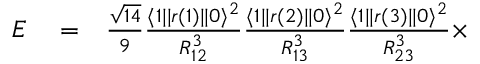
\begin{array} { r l r } { E } & { { } = } & { \frac { \sqrt { 1 4 } } { 9 } \frac { \langle 1 | | r ( 1 ) | | 0 \rangle ^ { 2 } } { R _ { 1 2 } ^ { 3 } } \frac { \langle 1 | | r ( 2 ) | | 0 \rangle ^ { 2 } } { R _ { 1 3 } ^ { 3 } } \frac { \langle 1 | | r ( 3 ) | | 0 \rangle ^ { 2 } } { R _ { 2 3 } ^ { 3 } } \times } \end{array}